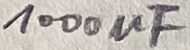
Text: 1000µF